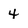
Character: 4